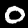
Label: 0